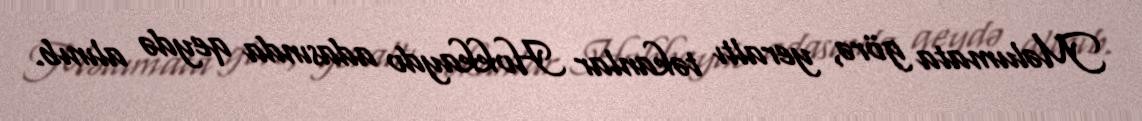
Məlumata görə, yeraltı təkanlar Hokkaydo adasında qeydə alınıb.